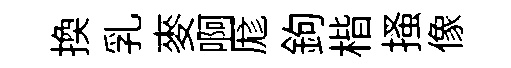
换乳麥啊厖鉤楷搔像